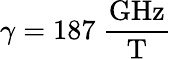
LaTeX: \gamma=187~\mathrm{\frac{GHz}{T}}